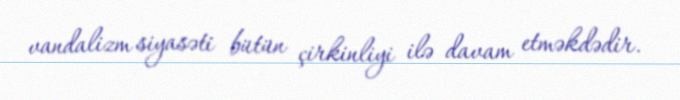
vandalizm siyasəti bütün çirkinliyi ilə davam etməkdədir.